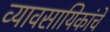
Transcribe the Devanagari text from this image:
व्यावसायिकांचे